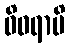
ဝိဝရာမိ